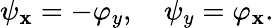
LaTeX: \psi_{\mathbf{x}}=-\varphi_{y},\quad\psi_{y}=\varphi_{\mathbf{x}}.